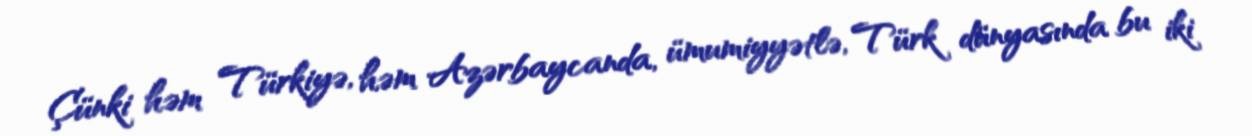
Çünki həm Türkiyə, həm Azərbaycanda, ümumiyyətlə, Türk dünyasında bu iki